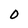
Character: O